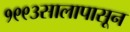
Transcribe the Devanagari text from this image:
१९९३सालापासून